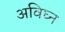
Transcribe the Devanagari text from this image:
अविघ्न